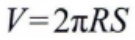
\(V = 2\pi RS\)